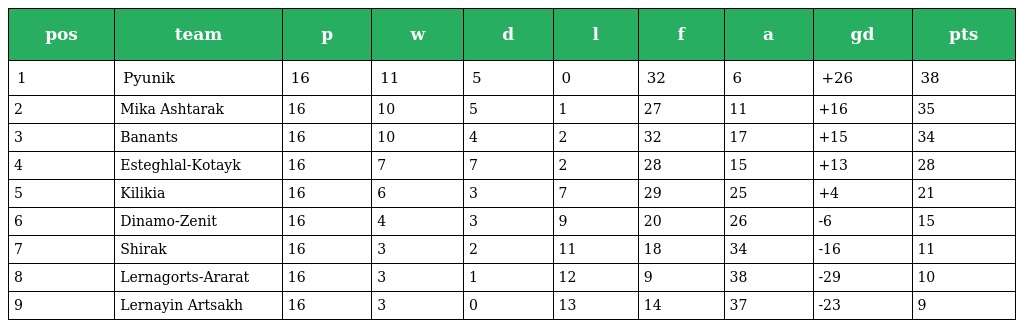
| pos | team | p | w | d | l | f | a | gd | pts |
 | --- | --- | --- | --- | --- | --- | --- | --- | --- | --- |
 | 1 | Pyunik | 16 | 11 | 5 | 0 | 32 | 6 | +26 | 38 |
 | 2 | Mika Ashtarak | 16 | 10 | 5 | 1 | 27 | 11 | +16 | 35 |
 | 3 | Banants | 16 | 10 | 4 | 2 | 32 | 17 | +15 | 34 |
 | 4 | Esteghlal-Kotayk | 16 | 7 | 7 | 2 | 28 | 15 | +13 | 28 |
 | 5 | Kilikia | 16 | 6 | 3 | 7 | 29 | 25 | +4 | 21 |
 | 6 | Dinamo-Zenit | 16 | 4 | 3 | 9 | 20 | 26 | -6 | 15 |
 | 7 | Shirak | 16 | 3 | 2 | 11 | 18 | 34 | -16 | 11 |
 | 8 | Lernagorts-Ararat | 16 | 3 | 1 | 12 | 9 | 38 | -29 | 10 |
 | 9 | Lernayin Artsakh | 16 | 3 | 0 | 13 | 14 | 37 | -23 | 9 |